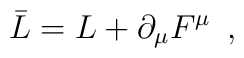
\bar L = L + \partial _{\mu } F^{\mu } \,\,\, ,